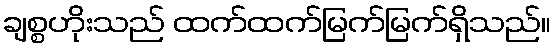
ချစ္စဟိုးသည် ထက်ထက်မြက်မြက်ရှိသည်။